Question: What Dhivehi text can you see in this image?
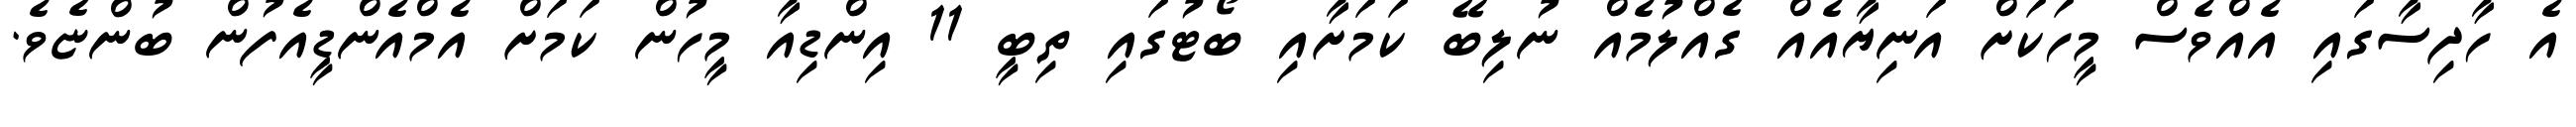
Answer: އެ ހާދިސާގައި އެއްވެސް މީހަކަށް އަނިޔާއެއް ގެއްލުމެއް ނުލިބޭ ކަމަށާއި ބޯޓުގައި ތިބީ 11 އިންޑިއާ މީހުން ކަމަށް އެމްއެންޑީއެފުން ބުންޏެވެ.